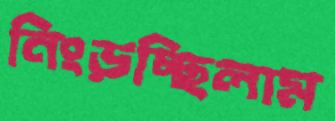
নিংড়চ্ছিলাম